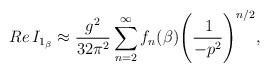
LaTeX: \begin{align*}Re\,I_{1_\beta} \approx \frac{g^2}{32\pi^2} \sum_{n=2}^\infty f_n(\beta)\Bigg(\frac{\: 1}{-p^2}\Bigg)^{n/2},\end{align*}